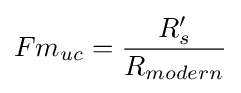
Fm_{uc}={\frac {R'_{s}}{R_{modern}}}